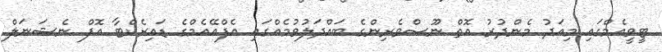
ޓީވީއެމްގައި މިއަދު މެންދުރު އޮތް ނޫސްވެރިންގެ ބައްދަލުވުމެއްގައި އެފްއޭއެމްގެ ޑައިރެކްޓާ އޮފް ނެޝަނަލް